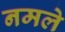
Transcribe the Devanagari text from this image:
नमले